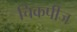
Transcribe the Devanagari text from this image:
चिकपीज